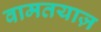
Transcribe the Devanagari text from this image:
वामतयाज़